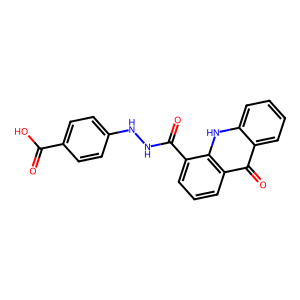
SMILES: O=C(O)c1ccc(NNC(=O)c2cccc3c(=O)c4ccccc4[nH]c23)cc1
Inhibits HIV replication: No